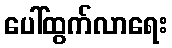
ပေါ်ထွက်လာရေး